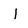
Character: I